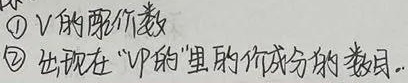
\textcircled{1} \(V\)的配价数
\textcircled{2} 出现在“\(VP\)的”里的配价成分的数目。